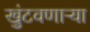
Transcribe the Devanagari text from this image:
खुंटवणाऱ्या